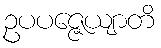
ဥပပဇ္ဇေယျာတိ